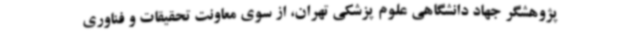
پژوهشگر جهاد دانشگاهی علوم پزشکی تهران، از سوی معاونت تحقیقات و فناوری